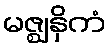
မဇ္ဈနှိကံ